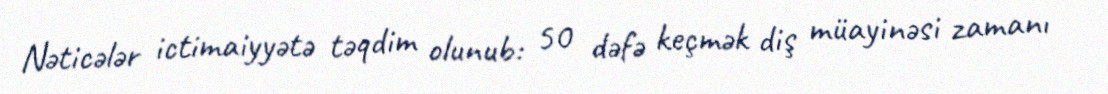
Nəticələr ictimaiyyətə təqdim olunub: 50 dəfə keçmək diş müayinəsi zamanı